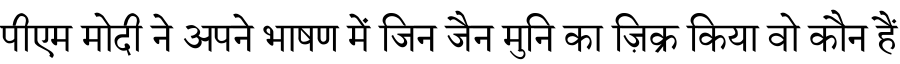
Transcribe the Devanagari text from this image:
पीएम मोदी ने अपने भाषण में जिन जैन मुनि का ज़िक्र किया वो कौन हैं